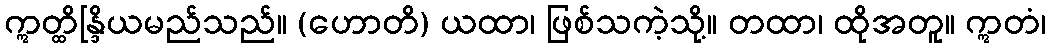
ဣတ္ထိန္ဒြိယမည်သည်။ (ဟောတိ) ယထာ၊ ဖြစ်သကဲ့သို့။ တထာ၊ ထိုအတူ။ ဣတံ၊